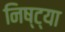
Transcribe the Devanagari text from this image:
निष्ट्या